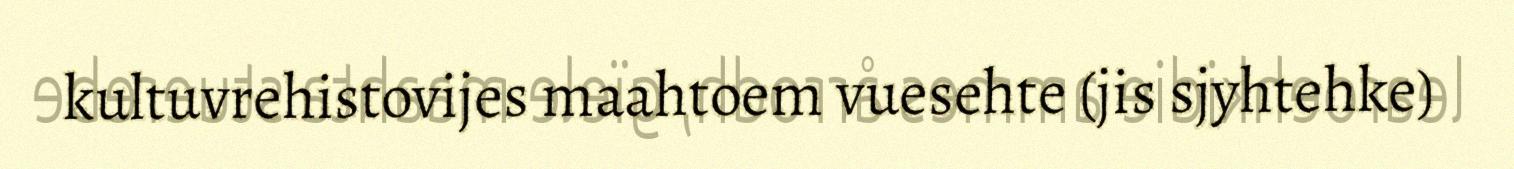
kultuvrehistovijes maahtoem vuesehte (jis sjyhtehke)